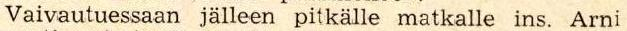
Vaivautuessaan jälleen pitkälle matkalle ins. Arni